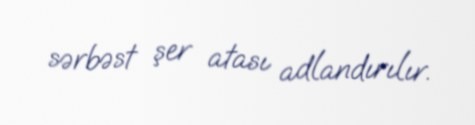
sərbəst şer atası adlandırılır.